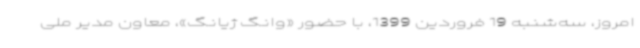
امروز، سه‌شنبه 19 فروردین 1399، با حضور «وانگ ژیانگ»، معاون مدیر ملی